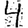
Digit: 4